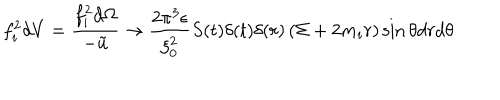
LaTeX: f _ { i } ^ { 2 } d V = \frac { f _ { i } ^ { 2 } d \Omega } { - \tilde { u } } \rightarrow \frac { 2 \pi ^ { 3 } \epsilon } { \xi _ { 0 } ^ { 2 } } S ( t ) \delta ( t ) \delta ( r ) \left( \Sigma + 2 m _ { i } r \right) \sin \theta d r d \theta